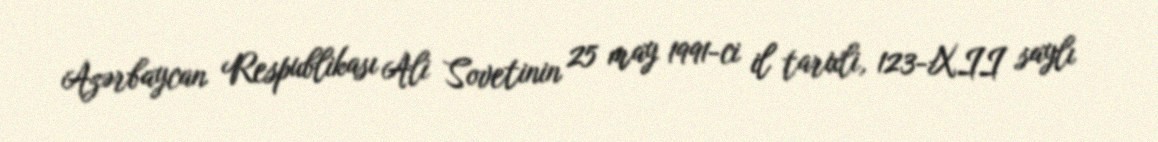
Azərbaycan Respublikası Ali Sovetinin 25 may 1991-ci il tarixli, 123-XII saylı